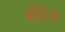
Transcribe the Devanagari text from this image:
ब्रौडेल